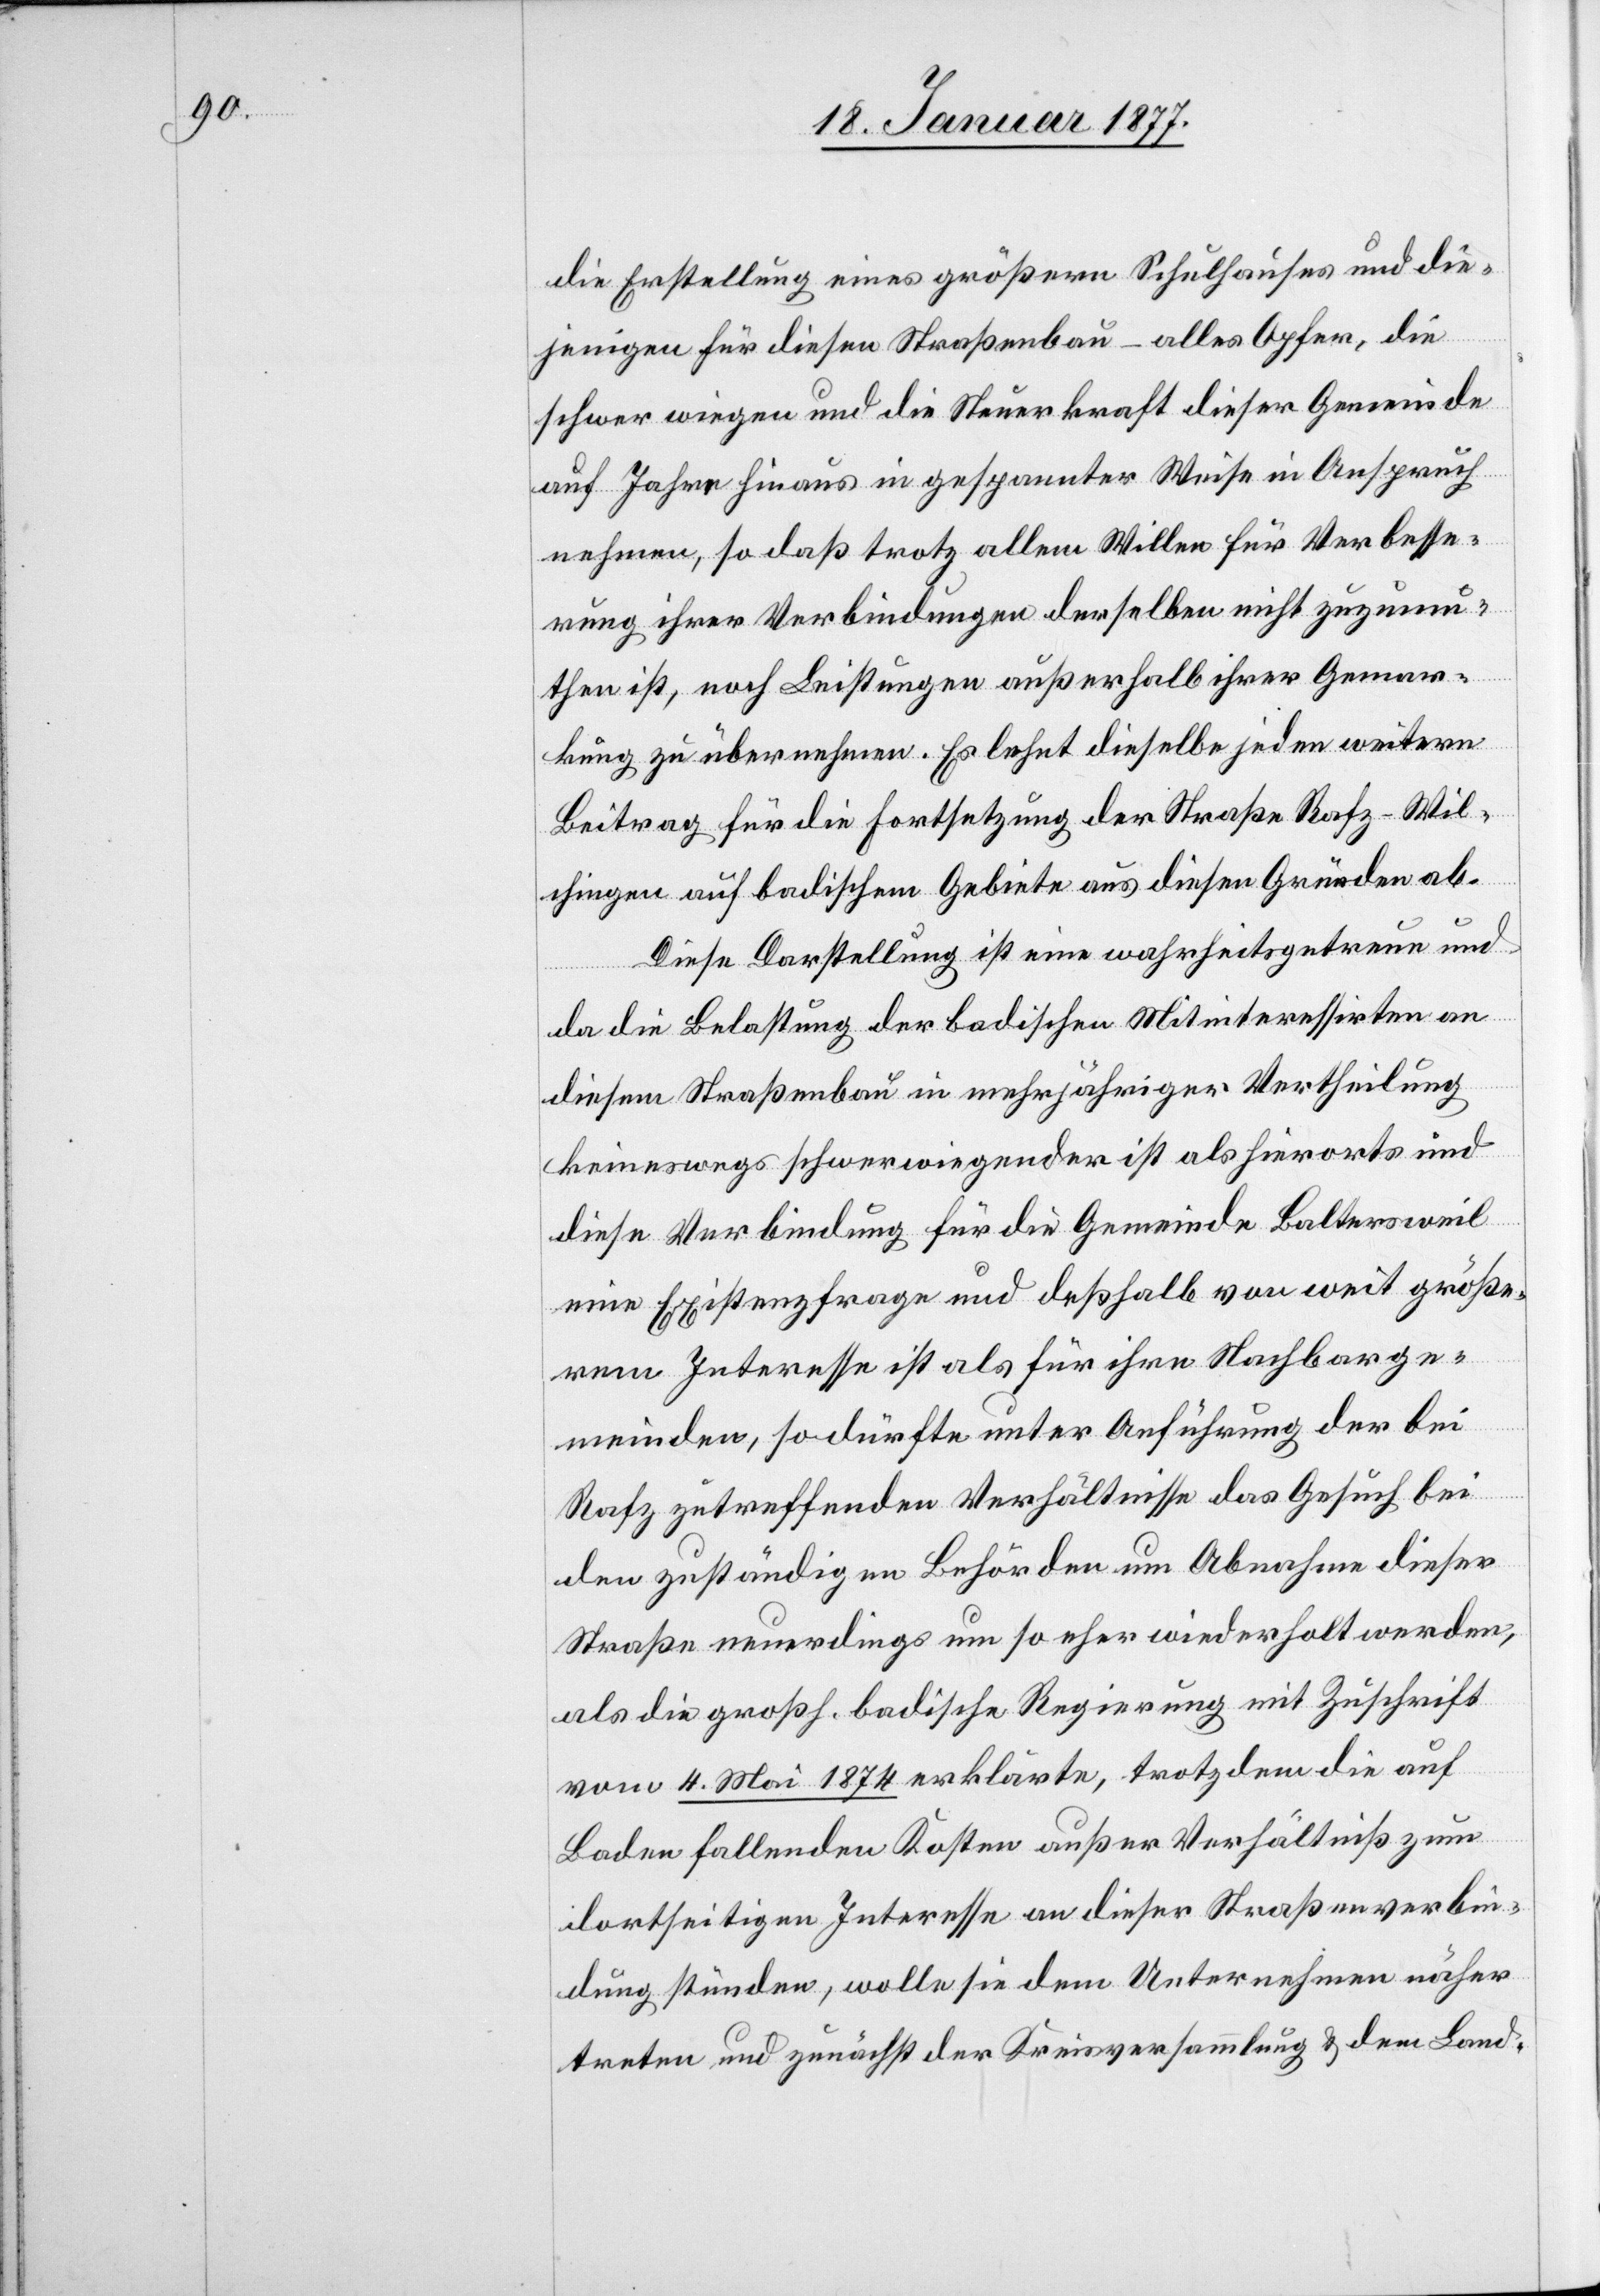
die Erstellung eines größern Schulhauses und die¬
jenigen für diesen Straßenbau – alles Opfer, die
schwer wiegen und die Steuerkraft dieser Gemeinde
auf Jahre hinaus in gespannter Weise in Anspruch
nehmen, so daß trotz allem Willen für Verbesse¬
rung ihrer Verbindungen derselben nicht zuzumu¬
then ist, noch Leistungen außerhalb ihrer Gemar¬
kung zu übernehmen. Es lehnt dieselbe jeden weitern
Beitrag für die Fortsetzung der Straße Rafz–Wil¬
chingen auf badischem Gebiete aus diesen Gründen ab.
Diese Darstellung ist eine wahrheitsgetreue und
da die Belastung der badischen Mitinteressirten an
diesem Straßenbau in mehrjähriger Vertheilung
keineswegs schwerwiegender ist als hierorts und
diese Verbindung für die Gemeinde Baltersweil
eine Existenzfrage und deßhalb von weit größe¬
rem Interesse ist als für ihre Nachbarge¬
meinden, so dürfte unter Anführung der bei
Rafz zutreffenden Verhältnisse das Gesuch bei
den zuständigen Behörden um Abnahme dieser
Straße neuerdings um so eher wiederholt werden,
als die großh. badische Regierung mit Zuschrift
vom 4. Mai 1874 erklärte, trotzdem die auf
Baden fallenden Kosten außer Verhältniß zum
dortseitigen Interesse an dieser Straßenverbin¬
dung stünden, wolle sie dem Unternehmen näher
treten und zunächst der Kreisversammlung & dem Land-